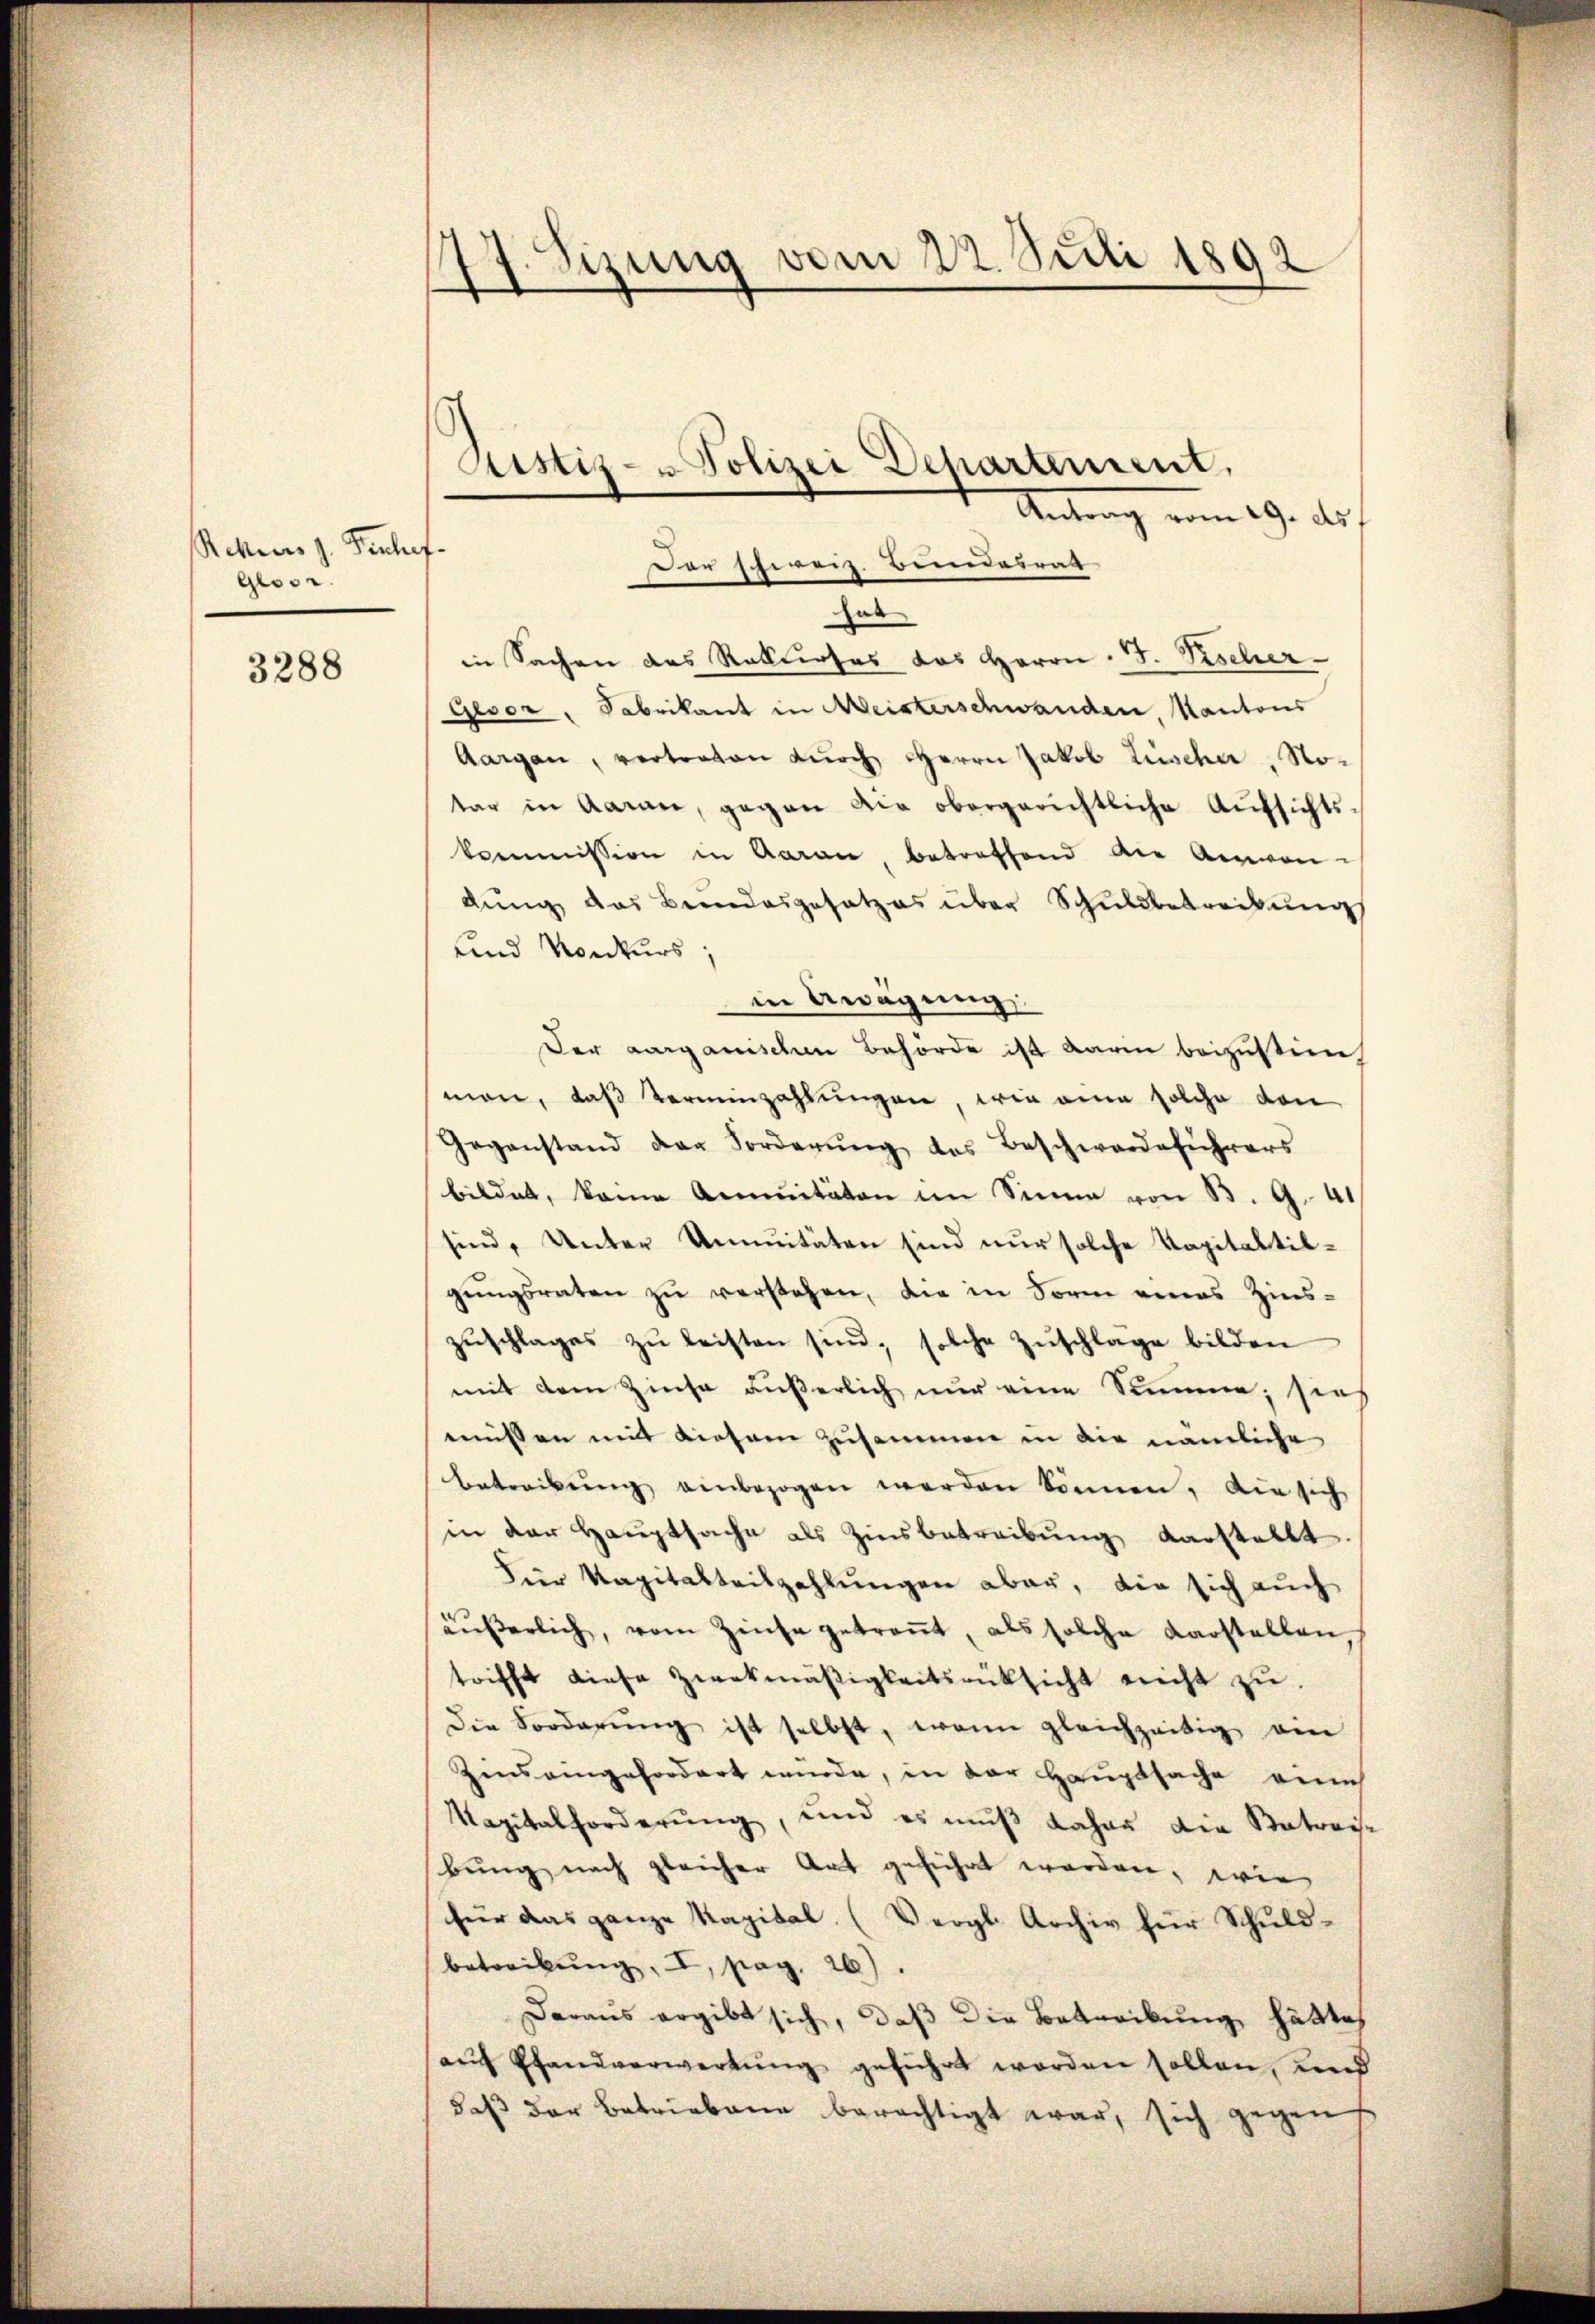
Rektiers J. Fenhof.
Glosr.

3288

17. Sizung vom 22. Juli 1892
e
—

Antrag vom 29. Auf
hab
in Sachen das Rekurses das Herrn. F. Vischer-
Gevor, Fabrikant in Weisterschwanden, Kantons
Aargau, vertreten durch Herrn Jakob Lüscher, Notar in Garan, gegen die obergerichtliche Aufsichts-
kommission in Garan, betreffend die Anwendŭng das Bundesgesetzes über Schuldbetreibŭng
und Konkurs;
in Awägung
Der Aarganischen Behörde ist darin beizustimman, daß Verminzahlungen, wie eine solche den
Gegenstand der Forderŭng des Beschwerdeführers
bildet, keine Annuitäten im Sinne von B. G. 41
sind, Unter Annuitäten sind nur solche Kapitaltilgŭngsraten zu verstehen, die in Form eines Zins-
zŭschlages zŭ leisten sind, solche Zŭschlage bilden
mit dem Zinse äußerlich nur eine Summen; sie
müssen mit diesem Zusammen in die nämliche
betreibŭng einbezogen werden können, die sich
in der Hauptsache als Zinsbetreibung darstellt
Für Kapitalteilzahlungen aber, die sich auch
äŭβerlich, vom Zinse getreṅt, als solche Darstellen
trifft diese Zwekmäßigkeitsrücksicht nicht zŭ
die Forderŭng ist selbst, wenn gleichzeitig am
Zins eingefordert wurde, in der Hauptsache eine
Kapitalforderŭng, und es mŭβ daher die Patrois-
bŭng nach gleicher Art geführt worden, wie
für das ganze Kapital. (Vergl. Archiv für Schuld-
betreibŭng, I, pag. 26).
Daraus ergibt sich, daß die Betreikung hätte,
aŭf Pfandverwerkŭng geführt worden sollen, und
daβ der Betriebene berechtigt war, sich gegen

Justiz- u Polizei Departement,
Der schweiz. Bundesrat